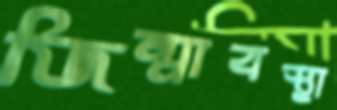
জিম্মাবস্থা